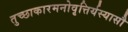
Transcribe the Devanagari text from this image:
तुच्छाकारमनोवृत्तिर्यस्यासौ